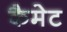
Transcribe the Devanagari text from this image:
कैमेट